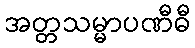
အတ္တသမ္မာပဏီဓီ